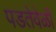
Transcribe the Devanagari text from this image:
पडतेवेळी